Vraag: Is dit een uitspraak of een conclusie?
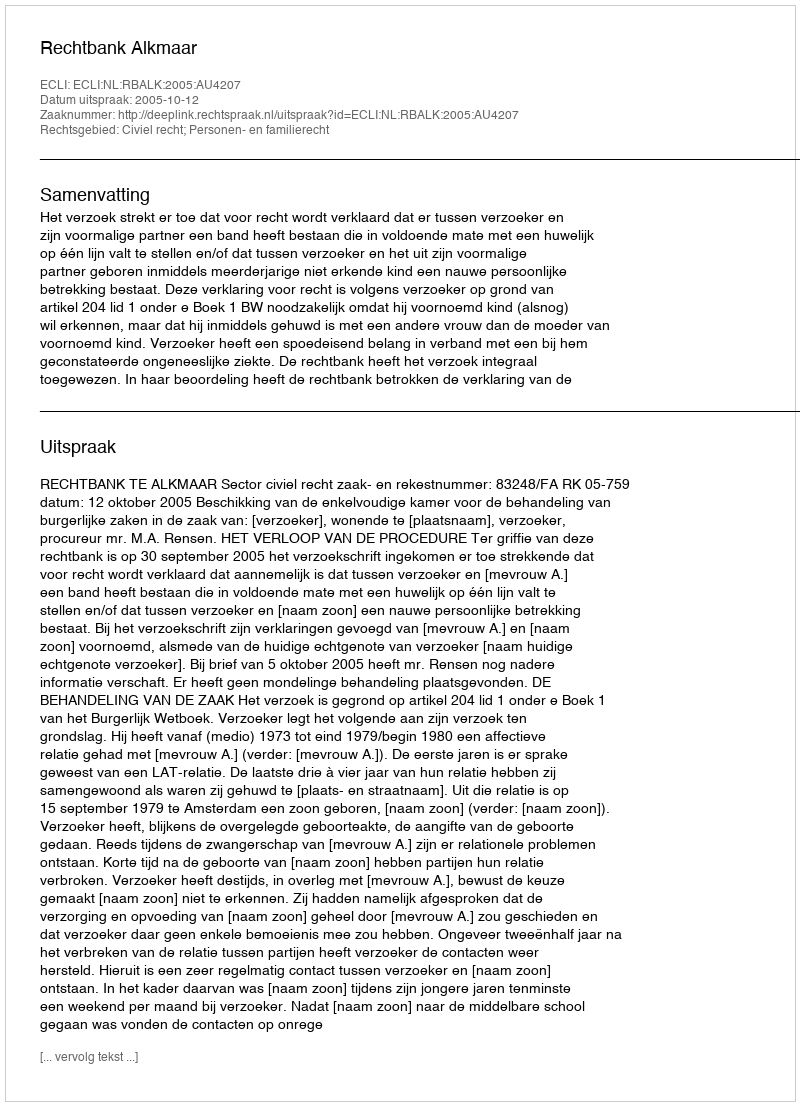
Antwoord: Uitspraak